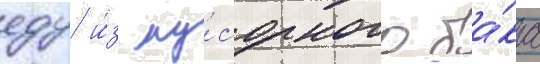
еду и́з му́сорного ба́ка